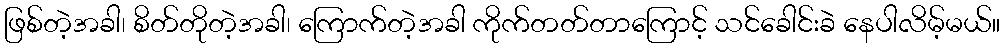
ဖြစ်တဲ့အခါ၊ စိတ်တိုတဲ့အခါ၊ ကြောက်တဲ့အခါ ကိုက်တတ်တာကြောင့် သင်ခေါင်းခဲ နေပါလိမ့်မယ်။